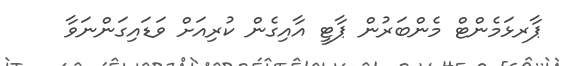
ޕާރޅަމެންޓް މެންބަރުން ޕާޓީ އާއިގެން ކުރިއަށް ވަޑައިގަންނަވާ